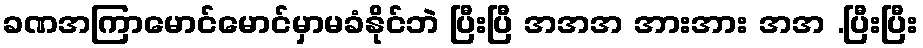
ခဏအကြာမောင်မောင်မှာမခံနိုင်ဘဲ ပြီးပြီ အအအ အားအား အအ .ပြီးပြီး